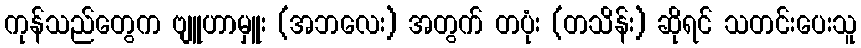
ကုန်သည်တွေက ဗျူဟာမှူး (အဘလေး) အတွက် တပုံး (တသိန်း) ဆိုရင် သတင်းပေးသူ